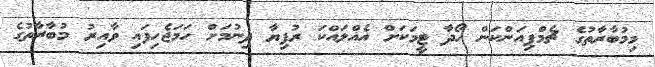
މިމުބާރާތުގެ ޗެމްޕިއަންކަން ހޯދާ ޓީމަކަށް އެއްލައްކަ ރުފިޔާ ދިނުމަށް ހަމަޖެހިފައި ވާއިރު މުބާރާތުގެ